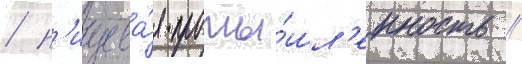
/ п'ищева́я промы́шл'енность //